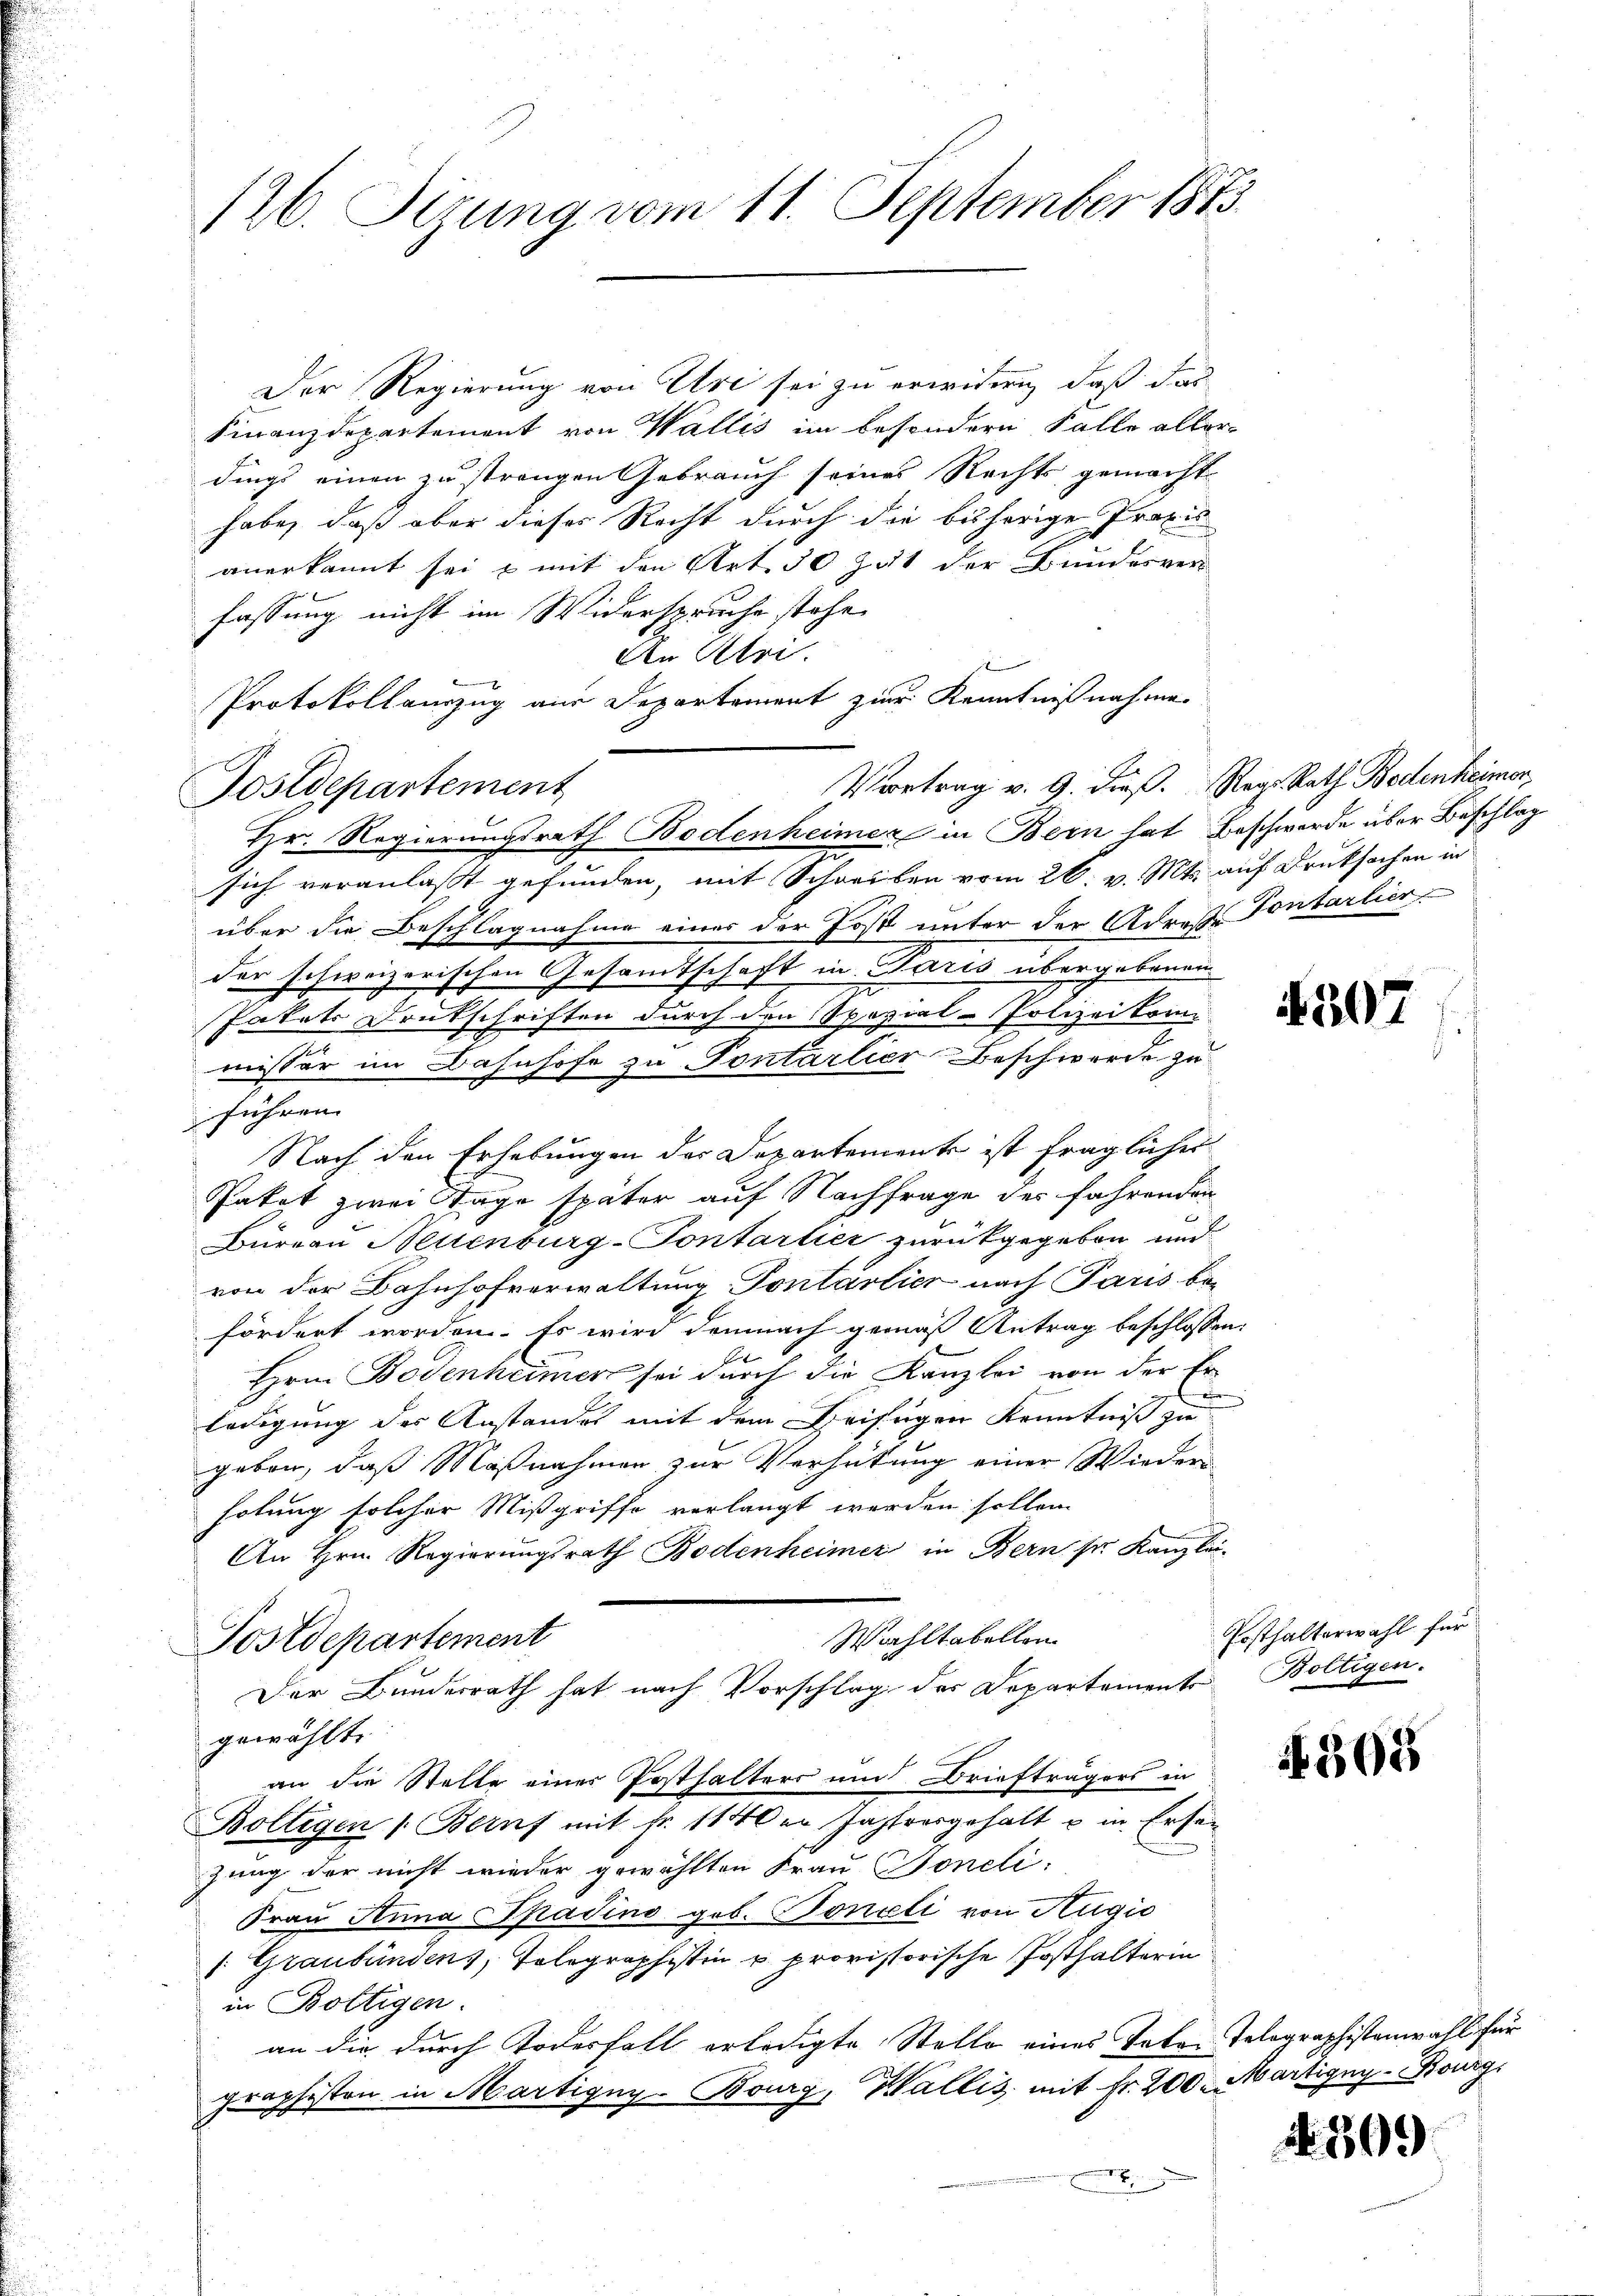
126. Sizung vom 11. September 1873.

Der Regierung von Uri sei zu erwidern, daß das
Finanzdepartement von Wallis im besondern Falle aller-
dings einen zu strangen Gebrauch seines Rechts gemacht
habe, daß aber dieses Recht durch die bisherige Praxis
anerkannt sei & mit den Art. 50 Zut der Bundesver
fassung nicht im Widerspruche stehe.
An Klei
Protokollauszug aus Departement zur Kenntnißnahme
Postdepartement
sich veranlaßt gefunden, mit Schreiben vom 26. v. Mts. auf Druksachen in
über die Beschlagnahme eines der Post unter der Adres. Vontarlier
der schweizerischen Gesamtschaft in Paris übergebenen
Pakets Drukschriften durch den Spezial-Polizeikom
missär im Bahnhofe zu Pontarlier Beschwerde zu
führen.
Nach den Erhebungen der Departemente ist fraglicher
Patat zwei Tage später auf Nachfrage der fahrenden
Büreau Neuenburg-Pontarlier zurückgegeben und
von der Bahnhofverwaltung Pontartier nach Paris bofördert worden. Es wird demnach gemäß Antrag beschlossen
e
Hrn. Bodenheimer sei durch die Kanzlei von der Er-
d
ledigung der Anstandes mit dem Beisigen Kenntniß zu
geben, daß Maßnahmen zur Verhütung einer Wieder
holung solcher Mißgriffe verlangt werden sollen.
An Hrn. Regierungsrath Bodenheimer in Bern ser Kanzlei-
Wahltabellen
Postdepartement
Der Bundesrath hat nach Vorschlag des Departements Boltigen.
gewählte
an die Stelle einer Posthalters und Briefträgers in
Boltigen Beruf mit Fr. 1140er Jahlvorgehalt u in Ersen
zung der nicht wieder gewählten Frau Soneli.
Frau Anna Spasino gob. Boneli von Augio
/: Graubündens, Telegraphistin u. provisorische Posthalterin
in Boltigen.
an die durch Todesfall erledigte Stelle eines Tabe-Telegraphistenwahl für
graphisten in Martigny-Bourg, Wallis mit Fr. 200. Martigny-Bourg

Hr. Regierungsrath Bodenheimer in Bern hat Beschwerde über Beschlag

Vertrag v. 9. dieß. Reg. Rath Bedenheimer,

e
a

4307

Posthalterwahl für

N 308

30